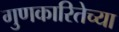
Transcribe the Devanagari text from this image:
गुणकारितेच्या